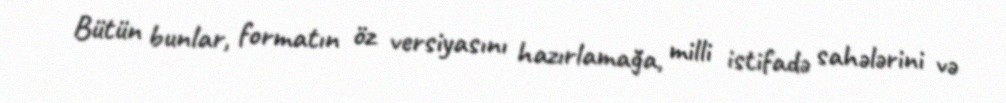
Bütün bunlar, formatın öz versiyasını hazırlamağa, milli istifadə sahələrini və